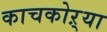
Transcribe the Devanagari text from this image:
काचकोऱ्या